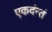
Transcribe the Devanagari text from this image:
एकदंन्तं